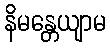
နိမန္တေယျာမ